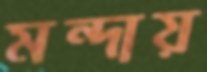
মন্দায়